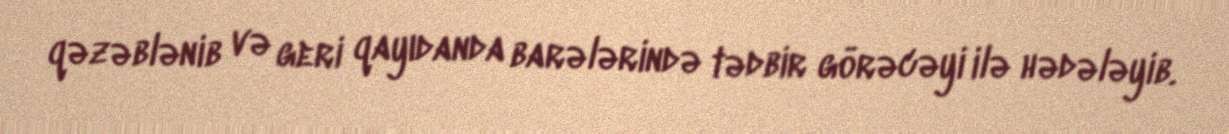
qəzəblənib və geri qayıdanda barələrində tədbir görəcəyi ilə hədələyib.